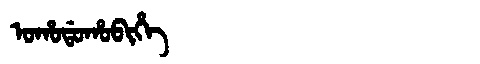
Manchu: ᠣᡥᠣᡩᠣᡥᠣᠪᡳᡥᡝ
Romanization: OHODOHOBIHE